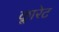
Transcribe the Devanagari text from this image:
क्लारेट